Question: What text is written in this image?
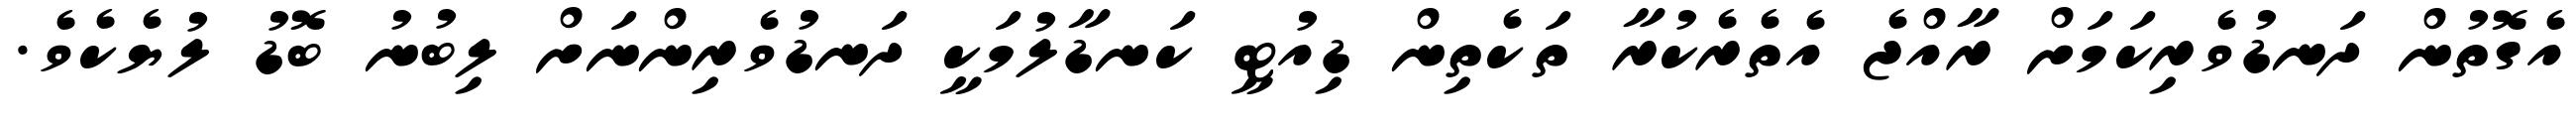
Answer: އެގޮތުން ދަނޑުވެރިކަމަށް ރާއްޖެ އެތެރެކުރާ ތަކެތިން ޑިއުޓީ ކަނޑާލުމަކީ ދަނޑުވެރިންނަށް ލިބުނު ބޮޑު ލުޔެކެވެ.